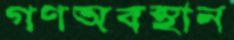
গণঅবস্থান